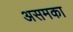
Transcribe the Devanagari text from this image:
असमका